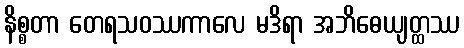
နိစ္စတာ တေရသဝဿကာလေ မဒိရာ အဘိဓေယျတ္ထဿ